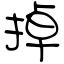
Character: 掉